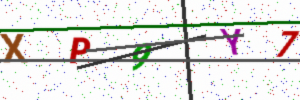
Text: XP9Y7